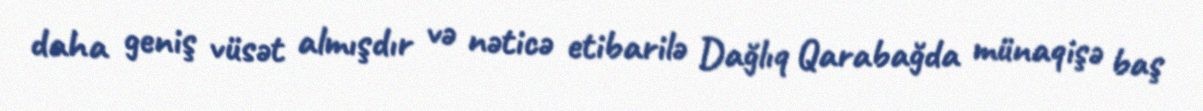
daha geniş vüsət almışdır və nəticə etibarilə Dağlıq Qarabağda münaqişə baş